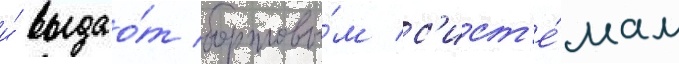
и́ выдао́т бортовы́м с'ист'е́мам